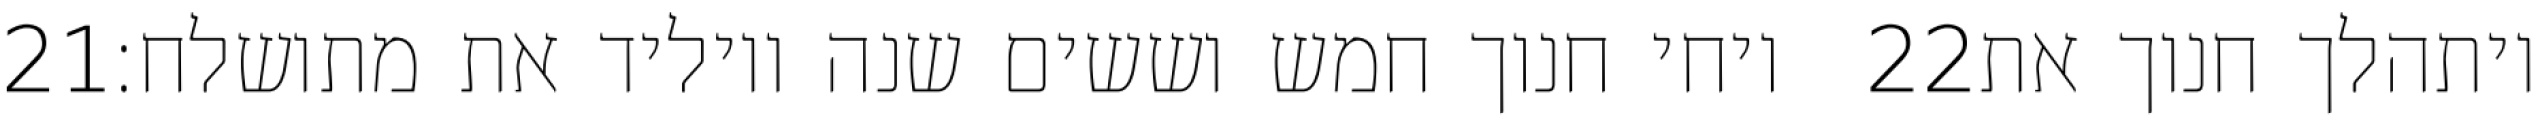
‎21‏ ויחי חנוך חמש וששים שנה ויוליד את מתושלח׃ ‎22‏ ויתהלך חנוך את